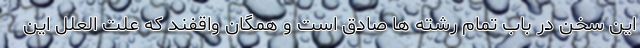
این سخن در باب تمام رشته ها صادق است و همگان واقفند که علت العلل این